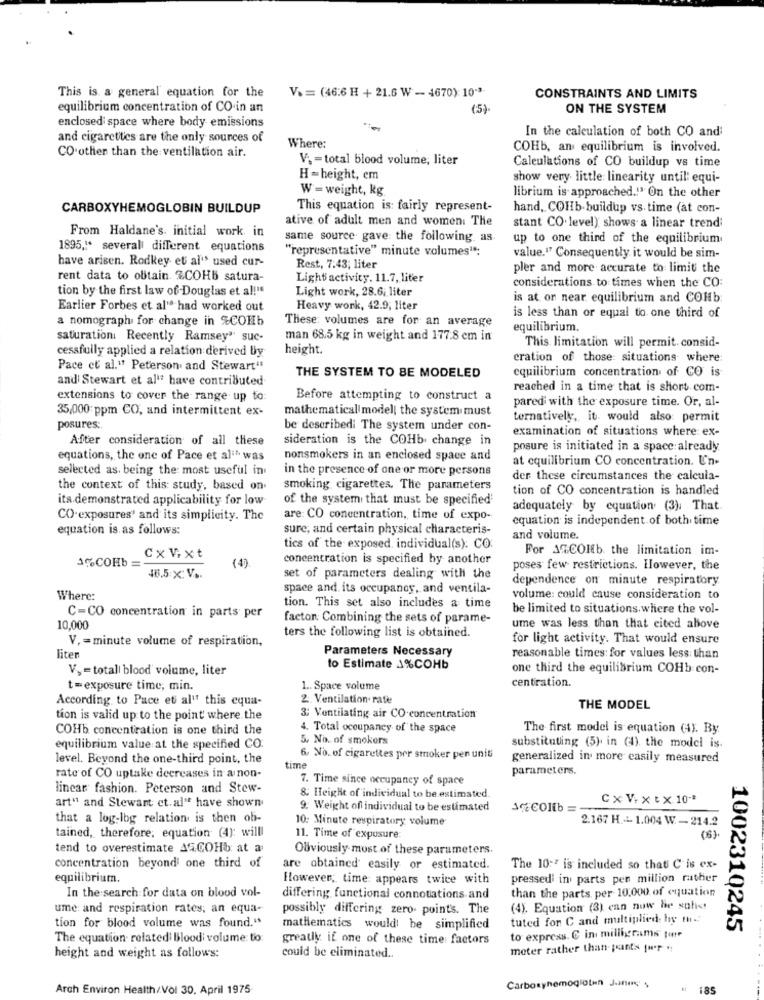
This is a general equation for the
V& = (46:6 H + 21.6 W - 4670) 10-3
CONSTRAINTS AND LIMITS
equilibrium concentration of CO in an
(5)
ON THE SYSTEM
enclosed space where body emissions
In the calculation of both CO and:
and cigarettes are the only sources of
Where:
COHb, an equilibrium is involved.
CO.other than the ventilation air.
V. = total blood volume, liter
Calculations of CO buildup vs time
H =height, em
show very little: linearity until: equi-
W = weight, kg
librium is approached."" On the other
CARBOXYHEMOGLOBIN BUILDUP
This equation is: fairly represent-
hand, COHb buildup vs. time (at con-
ative of adult men and women: The
From Haldane's. initial work in
stant CO. level) shows a linear trend;
same source gave the following, as
up to one third of the equilibrium
1895 ,!* several different equations
"representative" minute volumes":
have arisen. Rodkey et al"s used cur-
value." Consequently it would be sim-
Rest, 7.43; liter
pler and more accurate to limit the
rent data to obtain &COHb satura-
Light activity. 11.7, liter
considerations to times when the CO:
tion by the first law of -Douglas et a !! "
Light work, 28.6; liter
is at on near equilibrium and COHb:
Earlier Forbes et al" had worked out
Heavy work, 42.9, liter
a nomograph for change in %COHb
These: volumes are for an average
is less than or equal to one third of
equilibrium.
saturationi Recently Ramsey" suc-
man 68.5 kg in weight and 177.8 cm in
cessfully applied a relation derived by
height.
This limitation will permit. consid-
cration of those situations where:
Pace ct al." Peterson and Stewart"
equilibrium concentration of CO is
and Stewart et al" have contributed
THE SYSTEM TO BE MODELED
reached in a time that is short com-
extensions to cover the range up to:
Before attempting to construct a
pared with the exposure time. Or, al-
35,000 ppm CO, and intermittent ex-
mathematical modell the system must
ternatively, it would also: permit
posures:
be described: The system under con-
examination of situations where: ex-
After consideration of all these
sideration is the COHb change in
posure is initiated in a space already
equations, the one of Pace et ali was
nonsmokers in an enclosed space and
at equilibrium CO concentration. Un-
selected as. being the most useful in
in the presence of one or more persons
der these circumstances the calcula-
the context of this study, based on
smoking cigarettes. The parameters
tion of CO concentration is handled
its demonstrated applicability for low
of the system that must be specified'
adequately by equation (3), That.
CO.exposures' and its simplicity. The
are: CO concentration, time of expo-
equation is independent of both time
equation is as follows:
sure, and certain physical characteris-
and volume.
tics of the exposed, individual(s). CO
For 3%COHb the limitation im-
Cx V.xt
(4).
concentration is specified by another
3%COHb
poses few restrictions. However, the
46.5 X: V ..
set of parameters dealing with the
dependence on minute respiratory
space and its occupancy, and ventila-
Where:
volume: could cause consideration to
C=CO concentration in parts per
tion. This set also includes a time
be limited to situations where the vol-
factor Combining the sets of parame-
10,000
ume was less than that cited above
V. = minute volume of respiration,
ters the following list is obtained.
for light activity. That would ensure
Parameters Necessary
liten
reasonable times: for values less than
Vy = totali blood volume, liter
to Estimate 3%COHb
one third the equilibrium COHb con-
centration.
t=exposure time, min.
1 .. Space volume
According to Pace et al" this equa-
2. Ventilation- rate
THE MODEL
tion is valid up to the point where the
3: Ventilating air CO.concentration
COHb concentration is one third the
4. Total occupancy of the space
The first model is equation (A). By
5. No. of smokers
equilibrium value at the specified CO.
substituting (5). in (4) the model is.
level. Beyond the one-third point, the
6. No. of cigarettes per stroker per unit
generalized in more easily measured
time
parameters.
rate of CO uptake decreases in a non-
7. Time since occupancy of space
linear fashion. Peterson and Stew-
art" and Stewart et. al"t have shown
& Height of individual to be estimated
CxV.xtx 10 -*
9. Weight of individual to be estimated
1%Collb =
that a log-log relation is then ob-
10: Minute respiratory volume
2.167 H .- 1.004 W. - 214.2
tained, therefore, equation (4): will
11. Time of exposure
(6)
tend to overestimate ASCOHb at a
Obviously most of these parameters.
concentration beyondi one third of
are obtained easily or estimated.
The 10-7 is included so that C is ex-
equilibrium.
However, time: appears twice with
pressed' in parts per million rather
than the parts per 10.000 of equation
In the search for data on blood vol-
differing functional connotations and
ume: and respiration rates; an equa-
possibly differing zero. points. The
(4). Equation (3) can now he suhet
tion for blood volume was found."
tuted for C and multiplied by the
mathematics would be simplified
1002310245
The equation related' Bloodi volume: to:
greatly if one of these time factors
to express. C in milligrams ture
meter rather than- points fuer :
height and weight as follows:
could be eliminated ..
Carboxyhemoglotan Jannes
Arch Environ Health/Vol 30. April 1975
185